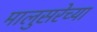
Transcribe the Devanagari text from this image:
मालुसरेच्या